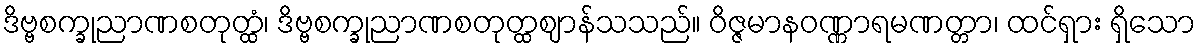
ဒိဗ္ဗစက္ခုညာဏစတုတ္ထံ၊ ဒိဗ္ဗစက္ခုညာဏစတုတ္ထဈာန်သသည်။ ဝိဇ္ဇမာနဝဏ္ဏာရမဏတ္တာ၊ ထင်ရှား ရှိသော